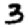
Digit: 3